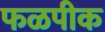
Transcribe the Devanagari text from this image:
फळपीक